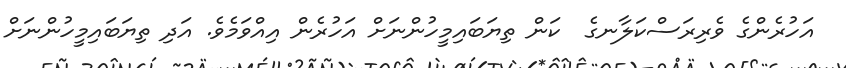
އަހުރެންގެ ވެރިރަސްކަލާނގެ  ކަން ތިޔަބައިމީހުންނަށް އަހުރެން އިއްވަމެވެ. އަދި ތިޔަބައިމީހުންނަށް